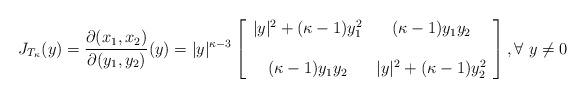
LaTeX: \begin{align*}J_{T_{\kappa}}(y) = \frac{\partial (x_1, x_2)}{\partial (y_1, y_2)} (y) = |y|^{\kappa-3}\left[\begin{array}{cc}|y|^2 + (\kappa -1) y_1^2 & (\kappa -1) y_1y_2\\ \\(\kappa -1) y_1y_2 & |y|^2 + (\kappa -1) y_2^2\end{array}\right], \forall \ y \neq0 \end{align*}